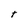
Character: t